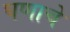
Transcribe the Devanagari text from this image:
घणाचे